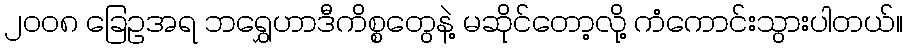
၂၀၀၈ ခြေဥအရ ဘရွှေဟာဒီကိစ္စတွေနဲ့ မဆိုင်တော့လို့ ကံကောင်းသွားပါတယ်။